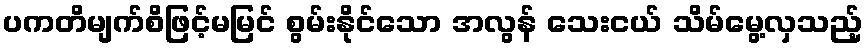
ပကတိမျက်စိဖြင့်မမြင် စွမ်းနိုင်သော အလွန် သေးငယ် သိမ်မွေ့လှသည့်